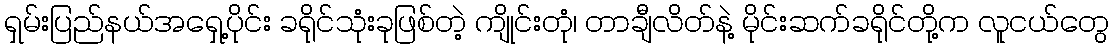
ရှမ်းပြည်နယ်အရှေ့ပိုင်း ခရိုင်သုံးခုဖြစ်တဲ့ ကျိုင်းတုံ၊ တာချီလိတ်နဲ့ မိုင်းဆက်ခရိုင်တို့က လူငယ်တွေ